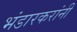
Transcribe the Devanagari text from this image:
भंडारकरांनी